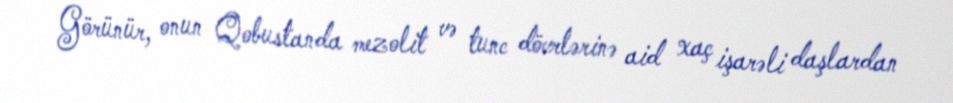
Görünür, onun Qobustanda mezolit və tunc dövrlərinə aid xaç işarəli daşlardan